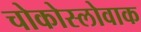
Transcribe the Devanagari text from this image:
चोकोस्लोवाक